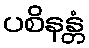
ပစိနန္တံ